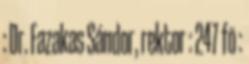
: Dr. Fazakas Sándor, rektor : 247 fõ :